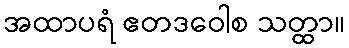
အထာပရံ ဧတဒဝေါစ သတ္ထာ။